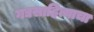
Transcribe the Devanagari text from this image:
गद्यसाहित्याचा